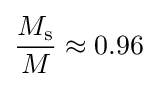
{\frac {M_{\text{s}}}{M}}\approx {}0.96